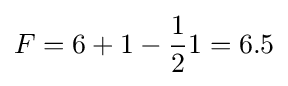
F=6+1-{\frac {1}{2}}1=6.5